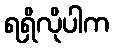
ရရှိလိုပါက